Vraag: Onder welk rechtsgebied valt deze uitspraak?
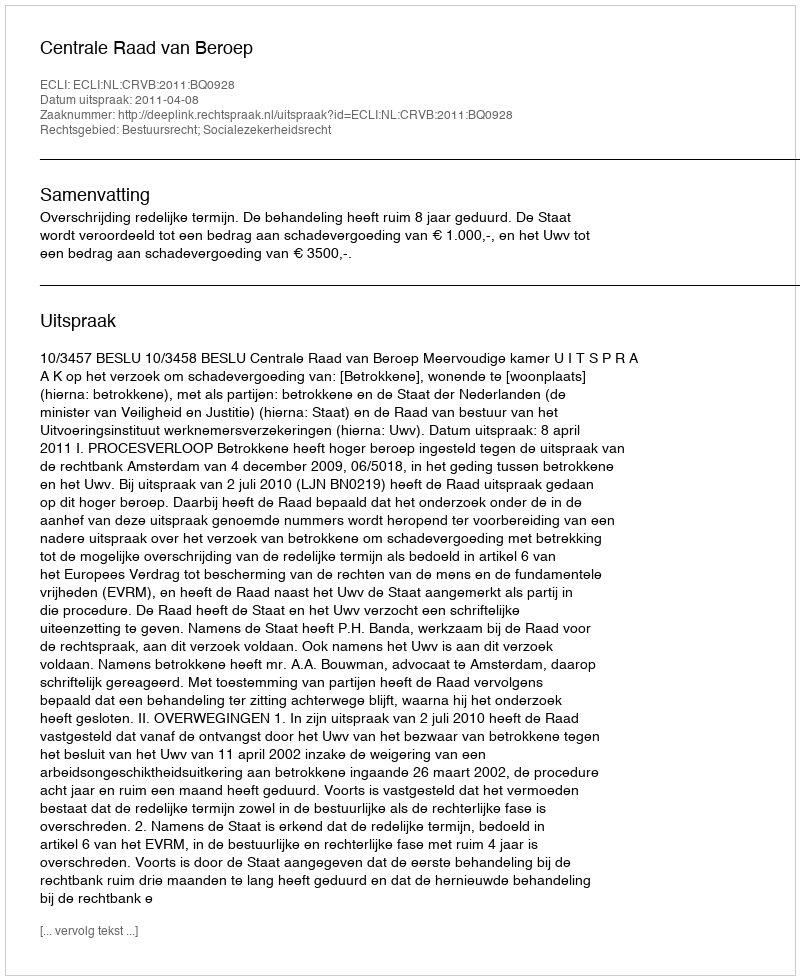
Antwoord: Bestuursrecht; Socialezekerheidsrecht